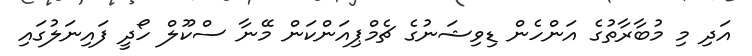
އަދި މި މުބާރާތުގެ އަންހެން ޑިވިޝަނުގެ ޗެމްޕިއަންކަން މޭނާ ސްކޫލް ހޯދީ ފައިނަލުގައި